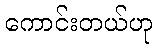
ကောင်းတယ်ဟု